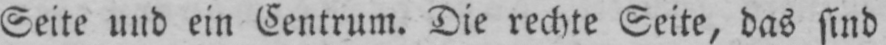
Seite und ein Centrum. Die rechte Seite, das sind